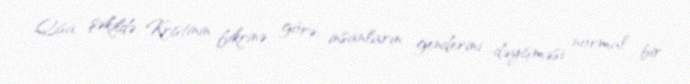
Qısa şəkildə, Kristinin fikrinə görə, insanların genderini dəyişməsi normal bir